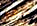
نهم